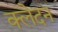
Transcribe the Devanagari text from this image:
क्‍लेदन